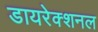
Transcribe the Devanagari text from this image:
डायरेक्शनल